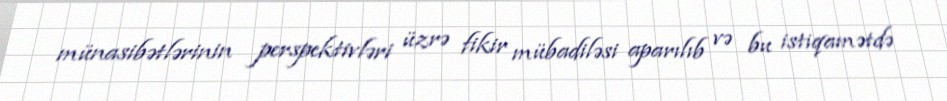
münasibətlərinin perspektivləri üzrə fikir mübadiləsi aparılıb və bu istiqamətdə